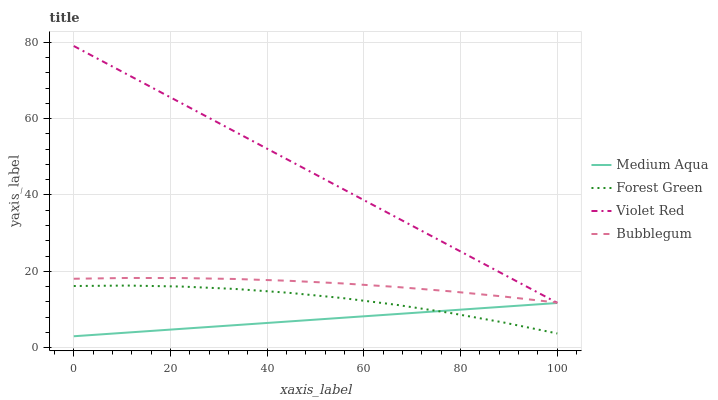
| xaxis_label | Medium Aqua | Forest Green | Violet Red | Bubblegum |
 | --- | --- | --- | --- | --- |
 | 0 | 3 | 16.2 | 79 | 18.1 |
 | 11.1 | 3.97 | 16.3 | 71.5 | 18.3 |
 | 22.2 | 4.93 | 16 | 64.1 | 18.2 |
 | 33.3 | 5.9 | 15.4 | 56.6 | 18 |
 | 44.4 | 6.87 | 14.4 | 49.1 | 17.5 |
 | 55.6 | 7.84 | 13 | 41.6 | 16.8 |
 | 66.7 | 8.8 | 11.2 | 34.2 | 15.9 |
 | 77.8 | 9.77 | 9.12 | 26.7 | 14.8 |
 | 88.9 | 10.7 | 6.61 | 19.2 | 13.4 |
 | 100 | 11.7 | 3.73 | 11.7 | 11.8 |